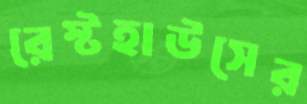
রেস্টহাউসের